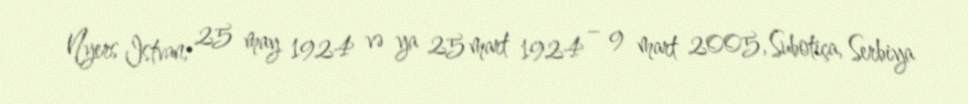
Nyers Istvan; 25 may 1924 və ya 25 mart 1924 – 9 mart 2005, Subotiça, Serbiya